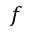
f